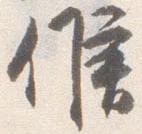
候